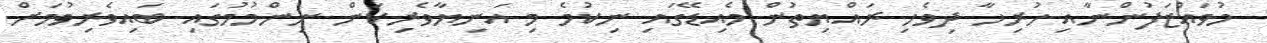
މުވައްޒަފުންނާއި ހުރިހާ ދިވެހި ރައްޔިތުން މެއިޑޭގައި ނިކުމެ މި އަނިޔާވެރިކަން ނިންމުމުގައި ބައިވެރިވުމަށް